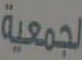
الجمعية